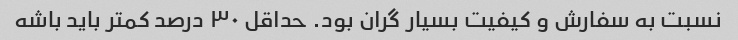
نسبت به سفارش و کیفیت بسیار گران بود. حداقل ۳۰ درصد کمتر باید باشه